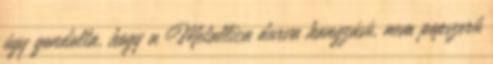
úgy gondolta, hogy a Metallica durva hangzású, nem popszerű